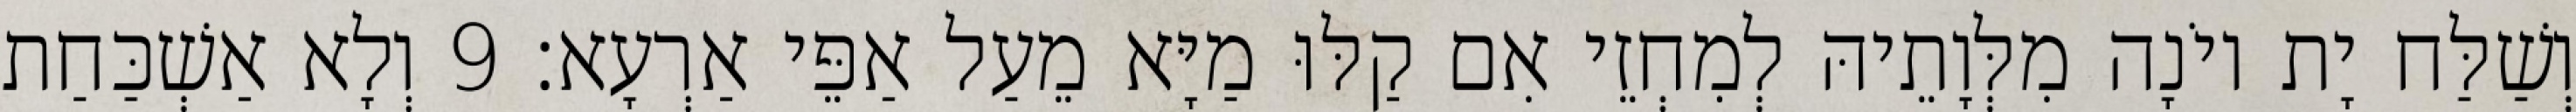
וְשַׁלַּח יָת יוֹנָה מִלְּוָתֵיהּ לְמִחְזֵי אִם קַלּוּ מַיָּא מֵעַל אַפֵּי אַרְעָא׃ 9 וְלָא אַשְׁכַּחַת